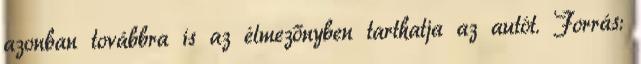
azonban továbbra is az élmezőnyben tarthatja az autót. Forrás: